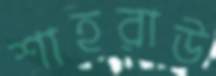
শাহরাউ